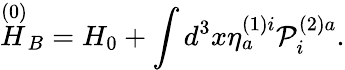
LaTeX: \stackrel{\left(0\right)}{H}_{B}=H_{0}+\int d^{3}x\eta_{a}^{\left(1\right)i}{\cal P}_{i}^{\left(2\right)a}.